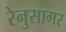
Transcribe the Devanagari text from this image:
रेनुसागर